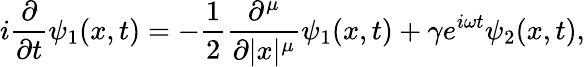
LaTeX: i\frac{\partial}{\partial t}\psi_{1}(x,t)=-\frac{1}{2}\frac{\partial^{\mu}}{\partial|x|^{\mu}}\psi_{1}(x,t)+\gamma e^{i\omega t}\psi_{2}(x,t),